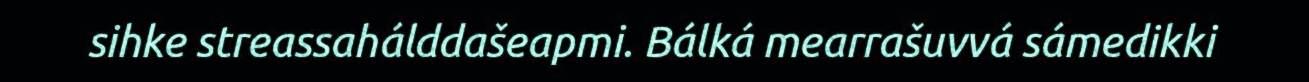
sihke streassahálddašeapmi. Bálká mearrašuvvá sámedikki